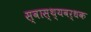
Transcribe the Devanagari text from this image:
स्‍वास्‍थ्‍यवर्धक